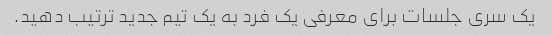
یک سری جلسات برای معرفی یک فرد به یک تیم جدید ترتیب دهید.